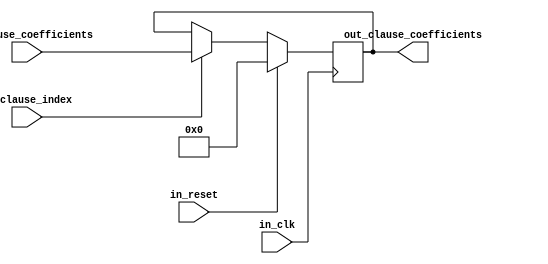
`timescale 1ns / 1ps
// Inputs
// 1) Clause coeffs
// 2) Write enable 
// 3) Clk

// Outputs
// New Clause coeff
module ClauseRegister_IntegerLiteral
#(
    parameter MAXIMUM_BIT_WIDTH_OF_INTEGER_COEFFICIENT=2,
    parameter NUMBER_OF_INTEGER_VARIABLES=2,
    parameter MODULE_IDENTIFIER=1,
    parameter MAX_BIT_WIDTH_OF_CLAUSES_INDEX=1
)(
     
     input [(MAXIMUM_BIT_WIDTH_OF_INTEGER_COEFFICIENT * (NUMBER_OF_INTEGER_VARIABLES+1//for the bias
     )) -1 : 0 ] in_clause_coefficients,
     input [MAX_BIT_WIDTH_OF_CLAUSES_INDEX-1:0]in_clause_index,
     input in_reset,
     input in_clk,                                                                    
     output reg [(MAXIMUM_BIT_WIDTH_OF_INTEGER_COEFFICIENT * (NUMBER_OF_INTEGER_VARIABLES+1//for the bias
     )) -1 : 0  ] out_clause_coefficients
  
    );
    
        
    always @(posedge in_clk)
    begin
       if(in_reset)
        out_clause_coefficients <= {(MAXIMUM_BIT_WIDTH_OF_INTEGER_COEFFICIENT * NUMBER_OF_INTEGER_VARIABLES)  {1'b0}};
        else begin
        
           if(in_clause_index==MODULE_IDENTIFIER)
            out_clause_coefficients <= in_clause_coefficients;
           else
            out_clause_coefficients<=out_clause_coefficients;
        end          
    end
 
endmodule

module ClauseRegister_BooleanLiteral
#(
 parameter MAXIMUM_BIT_WIDTH_OF_BOOLEAN_COEFFICIENT=2,
 parameter NUMBER_OF_BOOLEAN_VARIABLES=2,
 parameter MODULE_IDENTIFIER=1,
 parameter MAX_BIT_WIDTH_OF_CLAUSES_INDEX=1
)
(
input [(MAXIMUM_BIT_WIDTH_OF_BOOLEAN_COEFFICIENT*NUMBER_OF_BOOLEAN_VARIABLES)-1 : 0 ] in_clause_coefficients,
     input [MAX_BIT_WIDTH_OF_CLAUSES_INDEX-1:0]in_clause_index,
     input in_reset,
     input in_clk,
                                                                       
     output reg [(MAXIMUM_BIT_WIDTH_OF_BOOLEAN_COEFFICIENT*NUMBER_OF_BOOLEAN_VARIABLES) -1 : 0  ] out_clause_coefficients
);
always @(posedge in_clk)
    begin
       if(in_reset)
        out_clause_coefficients <= {(MAXIMUM_BIT_WIDTH_OF_BOOLEAN_COEFFICIENT * NUMBER_OF_BOOLEAN_VARIABLES)  {1'b0}};
        else begin
           if(in_clause_index==MODULE_IDENTIFIER)
            out_clause_coefficients <= in_clause_coefficients;
           else
            out_clause_coefficients<=out_clause_coefficients;
        end          
    end
endmodule